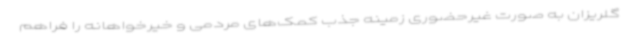
گلریزان به صورت غیرحضوری زمینه جذب کمک‌های مردمی و خیرخواهانه را فراهم